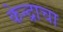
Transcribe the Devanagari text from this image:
केन्द्राचा